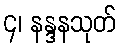
၄၊ နန္ဒနသုတ်